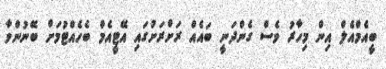
ބީއެމްއެލް އިން މިހާރު ވެސް ގެންދަނީ ބައެއް ރަށްރަށުގައި އޭޓީއެމް ބެހެއްޓުމަށް ބޭނުންވާ